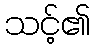
သင့်၏